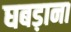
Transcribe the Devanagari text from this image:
घबड़ाना